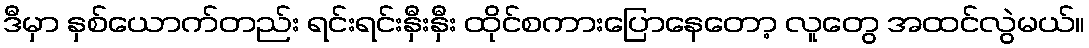
ဒီမှာ နှစ်ယောက်တည်း ရင်းရင်းနှီးနှီး ထိုင်စကားပြောနေတော့ လူတွေ အထင်လွဲမယ်။